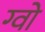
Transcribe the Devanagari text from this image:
ग्वो